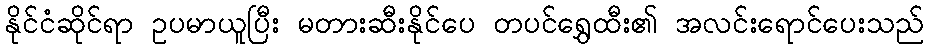
နိုင်ငံဆိုင်ရာ ဥပမာယူပြီး မတားဆီးနိုင်ပေ တပင်ရွှေထီး၏ အလင်းရောင်ပေးသည်